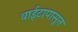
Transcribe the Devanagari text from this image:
वाईटापासून